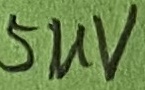
Text: 5uV